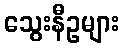
သွေးနီဥများ